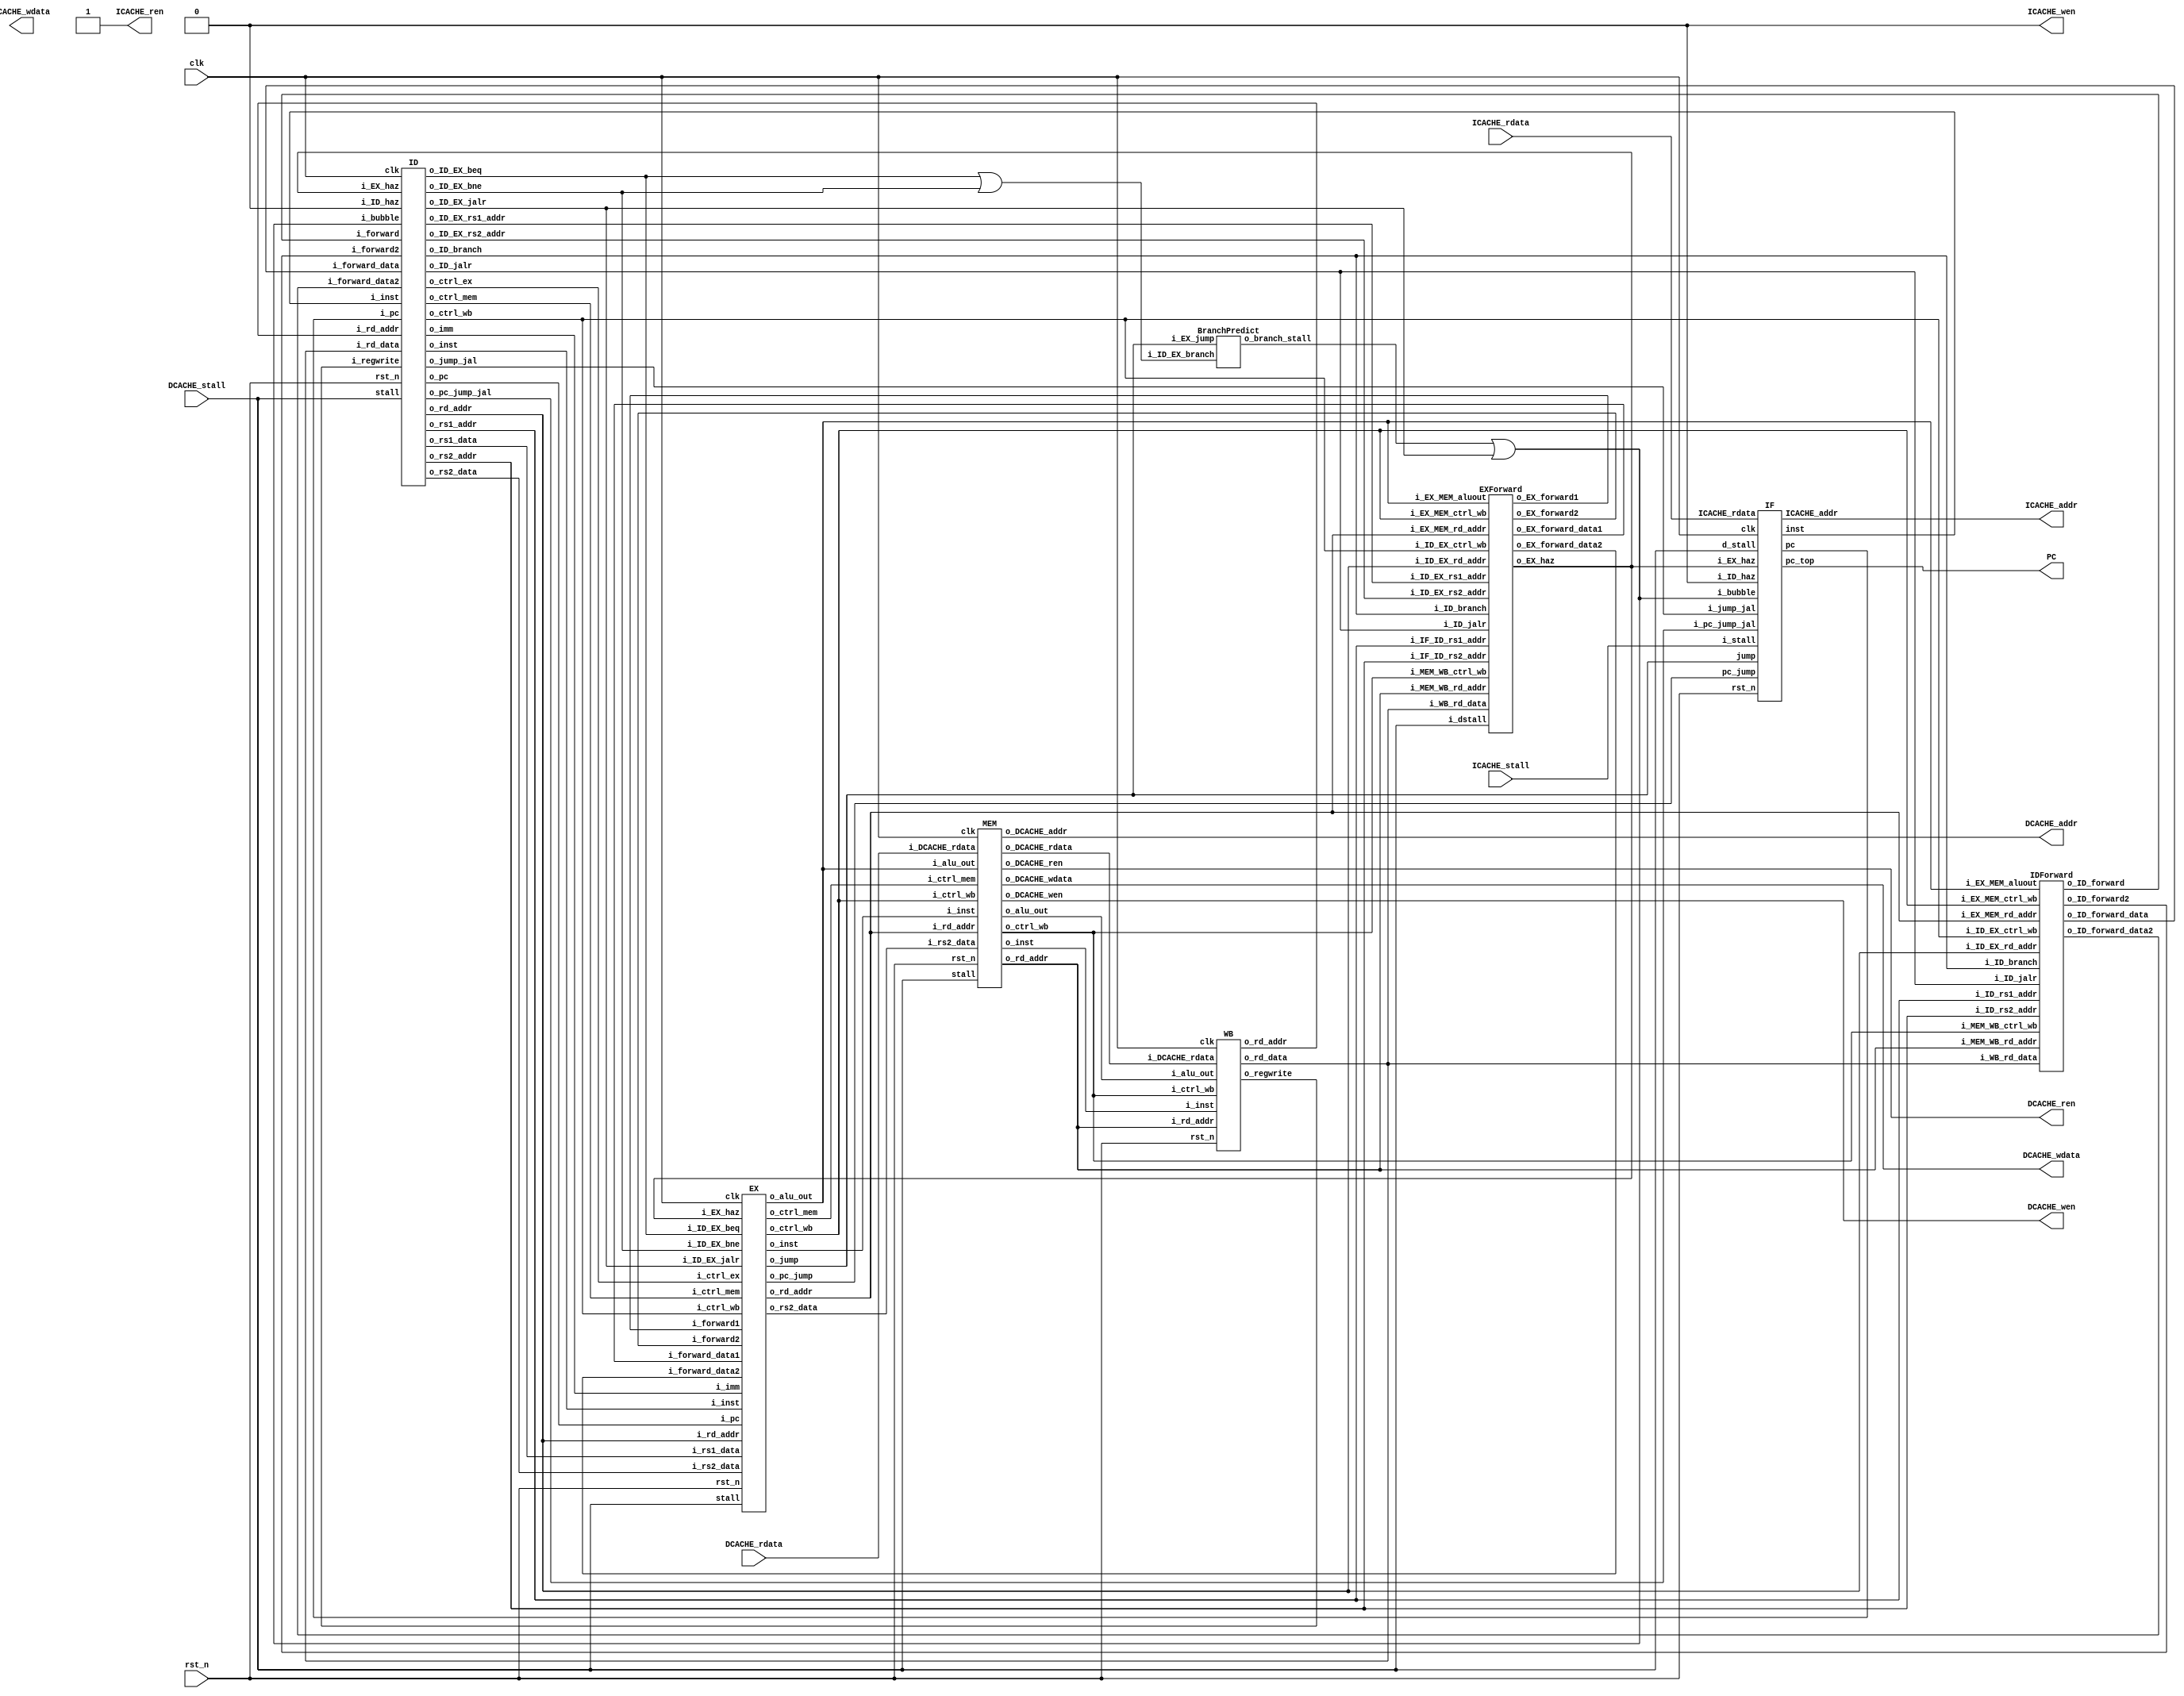
module RISCV_Pipeline (
		// control interface
		clk            ,
		rst_n          ,
//---------I cache interface-------		
		ICACHE_ren     ,
		ICACHE_wen     ,
		ICACHE_addr    ,
		ICACHE_wdata   ,
		ICACHE_stall   ,
		ICACHE_rdata   ,
//---------D cache interface-------
		DCACHE_ren     ,
		DCACHE_wen     ,
		DCACHE_addr    ,
		DCACHE_wdata   ,
		DCACHE_stall   ,
		DCACHE_rdata   ,
        PC
);

input         clk, rst_n ;
// for mem_D
output        DCACHE_wen  ;  // mem_wen_D is high, CHIP writes data to D-mem
output        DCACHE_ren  ;
input         DCACHE_stall;
output [29:0] DCACHE_addr ;  // the specific address to fetch/store data 
output [31:0] DCACHE_wdata;  // data writing to D-mem 
input  [31:0] DCACHE_rdata;  // data reading from D-mem
// for mem_I
output        ICACHE_wen  ;
output        ICACHE_ren  ;
input         ICACHE_stall;
output [29:0] ICACHE_addr ;
output [31:0] ICACHE_wdata;
input  [31:0] ICACHE_rdata;
output [31:0] PC;

assign ICACHE_ren = 1;
assign ICACHE_wen = 0;

//---------module instantiation and module wire definition-------
wire [31:0] pc_IF_ID,inst_IF_ID;
wire [31:0] pc_jump;
wire haz_ID = 0;
wire EX_haz;
wire branch_stall;
wire IDIF_bubble;
wire [31:0] pc_jump_jal;
wire jump_jal;
IF instfetch(
    .clk(clk),
    .rst_n(rst_n),
    .pc_jump(pc_jump),
    .ICACHE_addr(ICACHE_addr),
    .pc(pc_IF_ID),
    .inst(inst_IF_ID),
    .jump(jump),
    .ICACHE_rdata(ICACHE_rdata),
    .i_stall(ICACHE_stall),
    .d_stall(DCACHE_stall),
    .i_ID_haz(haz_ID),
    .i_EX_haz(EX_haz),
    .pc_top(PC),
    .i_bubble(IDIF_bubble),
    .i_pc_jump_jal(pc_jump_jal),
    .i_jump_jal(jump_jal)
);

wire [31:0] pc_ID_EX;
wire [31:0] imm_ID_EX;
wire [31:0] rs1_ID_EX,rs2_ID_EX;
wire [4:0] rd_addr_WB_ID;
wire [31:0] rd_data_WB_ID;
wire [4:0] rd_ID_EX;
wire [1:0] ctrl_wb_EX_MEM,ctrl_wb_ID_EX,ctrl_wb_MEM_WB;
wire [1:0] ctrl_mem_EX_MEM,ctrl_mem_ID_EX;
wire [5:0] ctrl_ex_ID_EX;
wire [4:0] rs1_addr_ID,rs2_addr_ID;
wire [31:0] forward_data_ID,forward_data_ID2;
wire forward_ID,forward_ID2;
wire ID_jalr,ID_branch;
wire [4:0] ID_EX_rs1_addr,ID_EX_rs2_addr;
wire [31:0] inst_ID_EX,inst_EX_MEM,inst_MEM_WB;

wire ID_EX_branch; 
BranchPredict branchpre(
    .i_ID_EX_branch(ID_EX_branch),
    .i_EX_jump(jump),
    .o_branch_stall(branch_stall)
);

wire ID_EX_jalr;

ID instdec(
    .clk(clk),
    .rst_n(rst_n),
    .i_inst(inst_IF_ID),
    .i_pc(pc_IF_ID),
    .o_pc(pc_ID_EX),
    .o_imm(imm_ID_EX),
    .o_rs1_data(rs1_ID_EX),
    .o_rs2_data(rs2_ID_EX),
    .i_rd_addr(rd_addr_WB_ID),
    .i_rd_data(rd_data_WB_ID),
    .o_rd_addr(rd_ID_EX),
    .o_ctrl_wb(ctrl_wb_ID_EX),
    .o_ctrl_mem(ctrl_mem_ID_EX),
    .o_ctrl_ex(ctrl_ex_ID_EX),
    .i_regwrite(regwrite_WB_ID),
    //.o_jump(jump),
    //.o_pc_jump(pc_jump),
    .stall(DCACHE_stall),
    .o_rs1_addr(rs1_addr_ID),
    .o_rs2_addr(rs2_addr_ID),
    .i_ID_haz(haz_ID),
    .i_forward(forward_ID),
    .i_forward_data(forward_data_ID),
    .i_forward2(forward_ID2),
    .i_forward_data2(forward_data_ID2),
    .o_ID_jalr(ID_jalr),
    .o_ID_EX_rs1_addr(ID_EX_rs1_addr),
    .o_ID_EX_rs2_addr(ID_EX_rs2_addr),
    .i_EX_haz(EX_haz),
    .o_inst(inst_ID_EX),//debug
    .o_ID_branch(ID_branch),
    .i_bubble(IDIF_bubble),
    .o_ID_EX_beq(ID_EX_beq),
    .o_ID_EX_bne(ID_EX_bne),
    .o_ID_EX_jalr(ID_EX_jalr),
    .o_jump_jal(jump_jal),
    .o_pc_jump_jal(pc_jump_jal)
);

wire [4:0] rd_EX_MEM;
wire [31:0] alu_EX_MEM;
wire [31:0] rs2_EX_MEM;
wire EX_stall;
wire EX_forward1,EX_forward2;
wire [31:0] EX_forward_data1,EX_forward_data2;

EX exe(
    .clk(clk),
    .rst_n(rst_n),
    //from ID
    .i_pc(pc_ID_EX),
    .i_imm(imm_ID_EX),
    .i_rs1_data(rs1_ID_EX),
    .i_rs2_data(rs2_ID_EX),
    .i_rd_addr(rd_ID_EX),
    .i_ctrl_wb(ctrl_wb_ID_EX),
    .i_ctrl_mem(ctrl_mem_ID_EX),
    .i_ctrl_ex(ctrl_ex_ID_EX),
    //to MEM
    .o_ctrl_mem(ctrl_mem_EX_MEM),
    .o_ctrl_wb(ctrl_wb_EX_MEM),
    .o_rd_addr(rd_EX_MEM),
    .o_alu_out(alu_EX_MEM),
    .o_rs2_data(rs2_EX_MEM),
    .stall(DCACHE_stall),
    //from EXforward
    .i_forward_data1(EX_forward_data1),
    .i_forward_data2(EX_forward_data2),
    .i_forward1(EX_forward1),
    .i_forward2(EX_forward2),
    .i_EX_haz(EX_haz),
    .i_inst(inst_ID_EX),
    .o_inst(inst_EX_MEM),
    .i_ID_EX_beq(ID_EX_beq),
    .i_ID_EX_bne(ID_EX_bne),
    .i_ID_EX_jalr(ID_EX_jalr),
    .o_pc_jump(pc_jump),
    .o_jump(jump)
);

assign IDIF_bubble = (branch_stall || ID_EX_jalr);
assign ID_EX_branch = (ID_EX_beq || ID_EX_bne);
wire [4:0] rd_MEM_WB;
wire [31:0] alu_MEM_WB;
wire [31:0] mem_MEM_WB;
wire MEM_stall;
MEM mem0(
    .clk(clk),
    .rst_n(rst_n),
    //from EX
    .i_ctrl_mem(ctrl_mem_EX_MEM),
    .i_ctrl_wb(ctrl_wb_EX_MEM),
    .i_rd_addr(rd_EX_MEM),
    .i_alu_out(alu_EX_MEM),
    .i_rs2_data(rs2_EX_MEM),
    //to WB
    .o_ctrl_wb(ctrl_wb_MEM_WB),
    .o_rd_addr(rd_MEM_WB),
    .o_alu_out(alu_MEM_WB),
    .o_DCACHE_rdata(mem_MEM_WB),
    //D cache
    .o_DCACHE_wen(DCACHE_wen),
    .o_DCACHE_addr(DCACHE_addr),
    .o_DCACHE_wdata(DCACHE_wdata),
    .i_DCACHE_rdata(DCACHE_rdata),
    .o_DCACHE_ren(DCACHE_ren),
    .stall(DCACHE_stall),
    .i_inst(inst_EX_MEM),
    .o_inst(inst_MEM_WB)
);

WB writeback(
    .clk(clk),
    .rst_n(rst_n),
    //from MEM
    .i_ctrl_wb(ctrl_wb_MEM_WB),
    .i_rd_addr(rd_MEM_WB),
    .i_alu_out(alu_MEM_WB),
    .i_DCACHE_rdata(mem_MEM_WB),
    //to ID
    .o_regwrite(regwrite_WB_ID),
    .o_rd_addr(rd_addr_WB_ID),
    .o_rd_data(rd_data_WB_ID),
    .i_inst(inst_MEM_WB)
);

IDForward idforwd(
    .i_ID_EX_rd_addr(rd_ID_EX),
    .i_ID_EX_ctrl_wb(ctrl_wb_ID_EX),//{memtoreg,regwrite}
    .i_EX_MEM_aluout(alu_EX_MEM),
    .i_EX_MEM_rd_addr(rd_EX_MEM),
    .i_MEM_WB_rd_addr(rd_MEM_WB),
    .i_EX_MEM_ctrl_wb(ctrl_wb_EX_MEM),
    .i_MEM_WB_ctrl_wb(ctrl_wb_MEM_WB),
    .i_WB_rd_data(rd_data_WB_ID),
    .i_ID_rs1_addr(rs1_addr_ID),
    .i_ID_rs2_addr(rs2_addr_ID),
    .o_ID_forward_data(forward_data_ID), //use this data as rs1 if o_ID_forward = 1
    .o_ID_forward(forward_ID),
    .o_ID_forward2(forward_ID2),
    .o_ID_forward_data2(forward_data_ID2),
    .i_ID_jalr(ID_jalr),
    .i_ID_branch(ID_branch)
    //.o_ID_haz(haz_ID)  // need to repeat in IF.ID, and add bubble to EX 
);

EXForward exforwd(
    .i_ID_EX_rs1_addr(ID_EX_rs1_addr),
    .i_ID_EX_rs2_addr(ID_EX_rs2_addr),
    .i_EX_MEM_rd_addr(rd_EX_MEM),
    .i_MEM_WB_rd_addr(rd_MEM_WB),
    .i_EX_MEM_ctrl_wb(ctrl_wb_EX_MEM),//{memtoreg,regwrite}
    .i_MEM_WB_ctrl_wb(ctrl_wb_MEM_WB),
    .i_EX_MEM_aluout(alu_EX_MEM),
    .i_WB_rd_data(rd_data_WB_ID),
    .o_EX_forward1(EX_forward1),
    .o_EX_forward2(EX_forward2),
    .o_EX_forward_data1(EX_forward_data1),
    .o_EX_forward_data2(EX_forward_data2),
    .o_EX_haz(EX_haz),
    .i_ID_EX_ctrl_wb(ctrl_wb_ID_EX),
    .i_ID_jalr(ID_jalr),
    .i_ID_branch(ID_branch),
    .i_ID_EX_rd_addr(rd_ID_EX),
    .i_IF_ID_rs1_addr(rs1_addr_ID),
    .i_IF_ID_rs2_addr(rs2_addr_ID),
    .i_dstall(DCACHE_stall)
);
    
endmodule



module IF (
    clk,rst_n,pc_jump,ICACHE_addr,pc,inst,jump,ICACHE_rdata,i_stall,d_stall,
    i_ID_haz,i_EX_haz,pc_top,i_bubble,i_jump_jal,i_pc_jump_jal
);

input i_ID_haz;
input clk,rst_n;
input jump; //jump = 1 --> pc_w = pc_jump
input [31:0] pc_jump; // jump location
output [29:0] ICACHE_addr;
output [31:0] pc; // pc : pc pass to next stage
input [31:0] ICACHE_rdata; //inst read from ICACHE
output [31:0] inst; // inst pass to next stage
input i_stall,d_stall;
input i_EX_haz;
output [31:0] pc_top;
input i_bubble;
input i_jump_jal;
input [31:0] i_pc_jump_jal;

//---------reg and wire definition-------
reg [31:0] inst_w,inst_r;
reg [31:0] pc_w,pc_r,pc_nxtstage;

//reg bubble;
//reg bubble_before;
reg jalr_before,jalr_2cycle;
reg jal_before;
//reg haz_before;

wire [6:0] opcode = inst_w[6:0];
wire [31:0] j_imm = {{12{inst_w[31]}},inst_w[19:12],inst_w[20],inst_w[30:25],inst_w[24:21],1'b0};
wire jal = (opcode ==  7'b1101111);
wire jalr = (opcode == 7'b1100111);
wire branch = (opcode == 7'b1100011);
//---------output assignment-------
assign inst = inst_r;
assign pc = pc_nxtstage;
assign ICACHE_addr = pc_r[31:2];
assign pc_top = pc_r;

//---------combinational circuit-------
wire [31:0] pc_notjump,pc_plus;
assign pc_notjump = pc_r + 4;
//pc_w
always @(*) begin
    if (jump) 
        pc_w = pc_jump;
    else if (i_jump_jal)
        pc_w = i_pc_jump_jal;
    else if(jalr_before || jalr || jal)begin
        pc_w = pc_r;
    end
    else begin
        pc_w = pc_notjump;
    end
end
//inst_w
always @(*) begin
    //if (bubble || i_stall || (bubble_before && haz_before)) 
    if (i_stall || i_bubble || jal_before) 
        inst_w = 32'h13; //NOP
    else
        inst_w = {ICACHE_rdata[7:0],ICACHE_rdata[15:8],ICACHE_rdata[23:16],ICACHE_rdata[31:24]};
end
localparam NOP = 32'h13;
wire [31:0] ICACHE_rdata_modify = {ICACHE_rdata[7:0],ICACHE_rdata[15:8],ICACHE_rdata[23:16],ICACHE_rdata[31:24]};

//---------sequential circuit-------

reg jalr_before_w,jalr_2cycle_w,jal_before_w;
always @(*) begin
    if (i_ID_haz || i_EX_haz) begin
        jalr_before_w = jalr_before;
        jalr_2cycle_w = jalr_2cycle;
        jal_before_w = jal_before;
    end
    else begin
        jalr_before_w = jalr;
        jalr_2cycle_w = jalr_before;
        jal_before_w = jal;
    end
end

always @(posedge clk or negedge rst_n) begin
    if (!rst_n)begin
        jalr_before <= 0;
        jalr_2cycle <=0;
        jal_before <= 0;
    end
    else begin
        jalr_before <= jalr_before_w;
        jalr_2cycle <= jalr_2cycle_w;
        jal_before <= jal_before_w;
    end
end

reg [31:0] pc_w_verified;
reg [31:0] inst_w_verified;
reg [31:0] pc_nxtstage_w;

always @(*) begin
    if (i_ID_haz || i_EX_haz)begin
        inst_w_verified = inst_r;
        pc_w_verified = pc_r;
        pc_nxtstage_w = pc_nxtstage;
    end

    else if (i_stall || jalr)begin
        if (jump)
            pc_w_verified = pc_w;
        else 
            pc_w_verified = pc_r;
        inst_w_verified = inst_w;
        pc_nxtstage_w = pc_r;
    end
    else if (d_stall)begin
        pc_w_verified = pc_r;
        inst_w_verified = inst_r;
        pc_nxtstage_w = pc_nxtstage; 
    end
    else begin
        pc_w_verified = pc_w;
        pc_nxtstage_w = pc_r;
        inst_w_verified = inst_w;
    end
end

always @(posedge clk or negedge rst_n) begin
    if(!rst_n)begin
        pc_r <= 0;
        inst_r <= 0;
        pc_nxtstage <= 0;
    end
    else begin
        pc_r <= pc_w_verified;
        inst_r <= inst_w_verified;
        pc_nxtstage <= pc_nxtstage_w;
    end
end

// always @(posedge clk or negedge rst_n) begin
//     //bubble_before <= bubble;
//     //haz_before <= (i_ID_haz||i_EX_haz);
//     if (!rst_n) begin
//         pc_r <= 0;
//     end
//     else begin
//         if (i_ID_haz || i_EX_haz)begin
//             inst_r <= inst_r;
//             pc_r <= pc_r;
//             pc_nxtstage <= pc_nxtstage;
//         end

//         else if (i_stall || jalr)begin
//             if (jump)
//                 pc_r <= pc_w;
//             else 
//                 pc_r <= pc_r;
//             inst_r <= inst_w;
//             pc_nxtstage <= pc_r;
//         end
//         else if (d_stall)begin
//             pc_r <= pc_r;
//             inst_r <= inst_r;
//             pc_nxtstage <= pc_nxtstage; 
//         end
//         else begin
//             pc_r <= pc_w;
//             pc_nxtstage <= pc_r;
//             inst_r <= inst_w;
//         end
//     end
// end

endmodule

module ID (
    clk,
    rst_n,
    //from ID
    i_inst,
    i_pc,
    //to EX
    o_pc,
    o_imm,
    o_rs1_data,
    o_rs2_data,
    //from WB
    i_rd_addr,
    i_rd_data,
    //to EX
    o_rd_addr,
    o_ctrl_wb,
    o_ctrl_mem,
    o_ctrl_ex,
    //from WB ctrl
    i_regwrite,
    //to IF stage
    o_jump,
    o_pc_jump,
    //stall
    stall,
    // to jalrforward
    o_rs1_addr,
    o_rs2_addr,
    o_ID_jalr,
    o_ID_branch,
    //from jalrforward
    i_ID_haz,
    i_forward,
    i_forward_data,
    i_forward2,
    i_forward_data2,
    //to EXforward
    o_ID_EX_rs1_addr,
    o_ID_EX_rs2_addr,
    //from EXforward
    i_EX_haz,
    o_inst,
    o_ID_EX_beq,
    o_ID_EX_bne,
    o_ID_EX_jalr,
    i_bubble,
    o_jump_jal,
    o_pc_jump_jal
);
input clk;
input rst_n;
input [31:0] i_inst;
input [31:0] i_pc;
output reg [31:0] o_pc;
output reg [31:0] o_imm;
output reg [31:0] o_rs1_data,o_rs2_data;
input [4:0] i_rd_addr;
input [31:0] i_rd_data;
output reg [4:0] o_rd_addr;
output reg [1:0] o_ctrl_wb; //{memtoreg,regwrite} for next state
output reg [1:0] o_ctrl_mem; //{memwrite} for next state
output reg [5:0] o_ctrl_ex; //{alupc,aluctrl[3:0],alusrc} for next state
input i_regwrite; // i_regwrite = 1 when need to write back
output reg o_jump; //=1 when pc_nxt = pc_jump
output [31:0] o_pc_jump;
input stall;
output [4:0] o_rs1_addr,o_rs2_addr;
input i_forward,i_forward2;
input [31:0] i_forward_data,i_forward_data2;
input i_ID_haz;
output  o_ID_jalr;
output reg [4:0] o_ID_EX_rs1_addr,o_ID_EX_rs2_addr;
input i_EX_haz;
output reg [31:0] o_inst;
output  o_ID_branch;
output reg o_ID_EX_beq,o_ID_EX_bne;
output reg o_ID_EX_jalr;
input i_bubble;
output reg o_jump_jal;
output reg [31:0] o_pc_jump_jal;
//---------reg and wire definition-------


reg jal;      // this stage //not used now
reg jalr;     // this stage
reg branch;   // this stage
reg memtoreg; // wb stage
reg memwrite; // mem stage
reg memread;  // mem stage
reg alusrc;   // ex stage
reg alupc;    // ex stage, alupc = 1 when jal or jalr(write pc+4 to reg)
reg regwrite; // wb stage
reg rs_equal; // this stage
reg [3:0] aluctrl; //ex stage

wire [31:0] i_imm,s_imm,b_imm,j_imm;
reg [31:0] imm_w;
wire [6:0] opcode ;
wire [2:0] funct3;
wire [4:0] rd_addr;
wire [4:0] rs1,rs2; 
wire [1:0] ctrl_wb_w = (i_ID_haz || i_EX_haz || i_bubble)? 0 : {memtoreg,regwrite};
wire [1:0] ctrl_mem_w = (i_ID_haz || i_EX_haz || i_bubble)? 0 : {memread,memwrite};
wire [5:0] ctrl_ex_w = (i_ID_haz || i_EX_haz || i_bubble)? 0 : {alupc,aluctrl,alusrc};
wire [31:0] rs1_data,rs2_data;

reg [31:0] rs1_data_revised,rs2_data_revised;

reg_file reg0(
                .clk  (clk) , 
                .rst_n(rst_n) , 
                .wen  (i_regwrite) , 
                .a1   (rs1) , 
                .a2   (rs2) , 
                .aw   (i_rd_addr) , 
                .d    (i_rd_data) , 
                .q1   (rs1_data) , 
                .q2   (rs2_data) );

assign i_imm = {{21{i_inst[31]}},i_inst[30:25],i_inst[24:21],i_inst[20]};
assign s_imm = {{21{i_inst[31]}},i_inst[30:25],i_inst[11:8],i_inst[7]};
assign b_imm = {{20{i_inst[31]}},i_inst[7],i_inst[30:25],i_inst[11:8],1'b0};
assign j_imm = {{12{i_inst[31]}},i_inst[19:12],i_inst[20],i_inst[30:25],i_inst[24:21],1'b0};

assign opcode = i_inst[6:0];
assign funct3 = i_inst[14:12];
assign rd_addr = i_inst[11:7];
assign rs1 = i_inst[19:15];
assign rs2 = i_inst[24:20];
assign o_rs1_addr = rs1;
assign o_rs2_addr = rs2;
assign o_ID_jalr = jalr;
assign o_ID_branch = branch;
//aluctrl param
localparam ALU_ADD = 4'b0000;
localparam ALU_SUB = 4'b0001;
localparam ALU_AND = 4'b0010;
localparam ALU_OR =  4'b0011;
localparam ALU_SLT = 4'b0100;
localparam ALU_XOR = 4'b0101;
localparam ALU_SLL = 4'b0110;
localparam ALU_SRA = 4'b0111;
localparam ALU_SRL = 4'b1000;

always @(*) begin
    if(i_forward)
        rs1_data_revised = i_forward_data;
    else if (i_rd_addr && i_rd_addr == rs1 && i_regwrite)
        rs1_data_revised = i_rd_data;
    else 
        rs1_data_revised = rs1_data;
end
always @(*) begin
    if(i_forward2)
        rs2_data_revised = i_forward_data2;
    else if (i_rd_addr && i_rd_addr == rs2 && i_regwrite)
        rs2_data_revised = i_rd_data;
    else
        rs2_data_revised = rs2_data;
end

//ctrl and imm
always @(*) begin
    jal = 0;
    jalr = 0;
    branch = 0;
    memtoreg = 0;
    memwrite = 0;
    alusrc = 0;
    regwrite = 0;
    memread = 0;
    alupc = 0;
    case (opcode)
        7'b0110011:begin//arith
            imm_w = i_imm;//dont care
            regwrite = 1;
        end 
        7'b0010011:begin //arith,i type
            imm_w = i_imm;
            alusrc = 1;
            regwrite = 1;
        end
        7'b0000011:begin//load
            imm_w = i_imm;
            alusrc = 1;
            memtoreg = 1;
            regwrite = 1;
            memread = 1;
        end
        7'b0100011:begin//store
            imm_w = s_imm;
            alusrc = 1;
            memwrite = 1;
        end
        7'b1100011:begin//branch
            imm_w = b_imm;
            branch = 1;
            alusrc = 1;
        end
        7'b1100111:begin//jalr
            imm_w = i_imm;
            jalr = 1;
            regwrite = 1;
            alupc = 1;
        end
        7'b1101111:begin//jal
            imm_w = j_imm;
            jal = 1;
            regwrite = 1;
            alupc = 1;
        end
        default: begin
            imm_w = 0;
        end
    endcase
end
always @(*) begin
    o_jump_jal = jal;
    o_pc_jump_jal = i_pc + imm_w;
end

//aluctrl
always @(*) begin
    case (opcode)
        7'b0000011:aluctrl = ALU_ADD; // load
        7'b0100011:aluctrl = ALU_ADD; // store
        7'b1100111:aluctrl = ALU_ADD; //jalr
        7'b1101111:aluctrl = ALU_ADD; //jal,dont care
        //7'b1100011:aluctrl = ALU_SUB; // branch,actually dont care
        default: begin //arith
            case (funct3)
                3'b000: aluctrl = (i_inst[30] && opcode[5])? ALU_SUB:ALU_ADD;
                3'b001: aluctrl = ALU_SLL;
                3'b010: aluctrl = ALU_SLT;
                3'b100: aluctrl = ALU_XOR;
                3'b101: aluctrl = (i_inst[30])? ALU_SRA : ALU_SRL;
                3'b110: aluctrl = ALU_OR;
                3'b111: aluctrl = ALU_AND;
                default: aluctrl = 0;
            endcase
        end
    endcase
end

reg [31:0] sum_pc_a;
//o_pc_jump
always @(*) begin
    if(jalr)begin
        sum_pc_a = rs1_data_revised;
    end
    else 
        sum_pc_a = i_pc;
end
assign o_pc_jump = sum_pc_a + imm_w;

//o_jump
always @(*) begin
    rs_equal = (rs1_data_revised == rs2_data_revised);
    o_jump = (jalr || (branch && (funct3[0] ^ rs_equal))  && !i_ID_haz); //funct3[0] : BEQ = 0, BNE = 1
end

reg [31:0] o_pc_w,o_imm_w,o_rs1_data_w,o_rs2_data_w;
reg [4:0] o_rd_addr_w;
reg [5:0] o_ctrl_ex_w;
reg [1:0] o_ctrl_mem_w;
reg [1:0] o_ctrl_wb_w;
reg [31:0] o_inst_w;
reg [4:0] o_ID_EX_rs1_addr_w,o_ID_EX_rs2_addr_w;
reg o_ID_EX_beq_w,o_ID_EX_bne_w;
reg o_ID_EX_jalr_w;

always @(*) begin
    if (stall)begin
        o_ID_EX_beq_w = o_ID_EX_beq;
        o_ID_EX_bne_w = o_ID_EX_bne;
        o_pc_w = o_pc;
        o_imm_w = o_imm;
        o_rs1_data_w = o_rs1_data;
        o_rs2_data_w = o_rs2_data;
        o_rd_addr_w = o_rd_addr;
        o_ctrl_wb_w = o_ctrl_wb;
        o_ctrl_ex_w = o_ctrl_ex;
        o_ctrl_mem_w = o_ctrl_mem;
        o_inst_w = o_inst;
        o_ID_EX_rs1_addr_w = o_ID_EX_rs1_addr;
        o_ID_EX_rs2_addr_w = o_ID_EX_rs2_addr;
        o_ID_EX_jalr_w = o_ID_EX_jalr;
    end
    else begin
        o_pc_w = i_pc;
        o_imm_w = imm_w;
        o_rs1_data_w = rs1_data_revised;
        o_rs2_data_w = rs2_data_revised;
        o_rd_addr_w = rd_addr;
        o_ctrl_wb_w = ctrl_wb_w;
        o_ctrl_ex_w = ctrl_ex_w;
        o_ctrl_mem_w = ctrl_mem_w;
        if (i_ID_haz || i_EX_haz || i_bubble) begin
            o_inst_w = 32'h13;
            o_ID_EX_jalr_w = 0;
            o_ID_EX_beq_w = 0;
            o_ID_EX_bne_w = 0;
        end
        else begin
            o_inst_w = i_inst;
            o_ID_EX_beq_w = (branch && !funct3[0]);
            o_ID_EX_bne_w = (branch &&  funct3[0]);
            o_ID_EX_jalr_w = jalr;
        end
        o_ID_EX_rs1_addr_w = rs1;
        o_ID_EX_rs2_addr_w = rs2;
    end
end

always @(posedge clk or negedge rst_n) begin
    if (!rst_n)begin
        o_pc <= 0;
        o_imm <= 0;
        o_rs1_data <= 0;
        o_rs2_data <= 0;
        o_rd_addr <= 0;
        o_ctrl_wb <= 0;
        o_ctrl_ex <= 0;
        o_ctrl_mem <= 0;
        o_inst <= 0;
        o_ID_EX_rs1_addr <= 0;
        o_ID_EX_rs2_addr <= 0;
        o_ID_EX_beq <= 0;
        o_ID_EX_bne <= 0;
        o_ID_EX_jalr <= 0;
    end
    else begin
        o_pc <= o_pc_w;
        o_imm <= o_imm_w;
        o_rs1_data <= o_rs1_data_w;
        o_rs2_data <= o_rs2_data_w;
        o_rd_addr <= o_rd_addr_w;
        o_ctrl_wb <= o_ctrl_wb_w;
        o_ctrl_ex <= o_ctrl_ex_w;
        o_ctrl_mem <= o_ctrl_mem_w;
        o_inst <= o_inst_w;
        o_ID_EX_rs1_addr <= o_ID_EX_rs1_addr_w;
        o_ID_EX_rs2_addr <= o_ID_EX_rs2_addr_w;
        o_ID_EX_beq <= o_ID_EX_beq_w;
        o_ID_EX_bne <= o_ID_EX_bne_w;
        o_ID_EX_jalr <= o_ID_EX_jalr_w;
    end
end
    
endmodule


module EX (
    clk,
    rst_n,
    //from ID
    i_pc,
    i_imm,
    i_rs1_data,
    i_rs2_data,
    i_rd_addr,
    i_ctrl_wb,
    i_ctrl_mem,
    i_ctrl_ex,
    //to MEM
    o_ctrl_mem,
    o_ctrl_wb,
    o_rd_addr,
    o_alu_out,
    o_rs2_data,
    //stall
    stall,
    //from EXforward
    i_forward1,
    i_forward2,
    i_forward_data1,
    i_forward_data2,
    i_EX_haz,
    i_inst,
    o_inst,
    i_ID_EX_beq,
    i_ID_EX_bne,
    i_ID_EX_jalr,
    o_pc_jump,
    o_jump
);

input clk,rst_n;
input [31:0] i_pc;
input [31:0] i_imm;
input [31:0] i_rs1_data,i_rs2_data;
input [4:0] i_rd_addr;
input [5:0] i_ctrl_ex;
input [1:0] i_ctrl_mem;
input [1:0] i_ctrl_wb;
input stall;
input i_forward1,i_forward2;
input [31:0] i_forward_data1,i_forward_data2;
input i_EX_haz;
input [31:0] i_inst;
input i_ID_EX_beq,i_ID_EX_bne;
input i_ID_EX_jalr;

output reg [1:0] o_ctrl_mem;
output reg [1:0] o_ctrl_wb;
output reg [4:0] o_rd_addr;
output reg [31:0] o_rs2_data;
output reg [31:0] o_alu_out;
output reg [31:0] o_inst;
output reg [31:0] o_pc_jump;
output reg o_jump;

reg [31:0] alu_in2,alu_in1;
wire [31:0] alu_out;
wire alusrc = i_ctrl_ex[0];
wire alupc = i_ctrl_ex[5];
wire [3:0] aluctrl = i_ctrl_ex[4:1];

ALU alu0(.in1(alu_in1),.in2(alu_in2),.out(alu_out),.ctrl(aluctrl));

reg [31:0] rs2_data_revised,rs1_data_revised;
always @(*) begin
    if(i_forward2)
        rs2_data_revised = i_forward_data2;
    else 
        rs2_data_revised = i_rs2_data;
end
always @(*) begin
    if(i_forward1)
        rs1_data_revised = i_forward_data1;
    else
        rs1_data_revised = i_rs1_data;
end 

always @(*) begin
    if(alupc)begin
        alu_in2 = i_pc;
    end
    else begin
        if(alusrc)
            alu_in2 = i_imm;
        else
            alu_in2 = rs2_data_revised;
    end
end
always @(*) begin
    if(alupc)begin
        alu_in1 = 4;
    end
    else begin
        alu_in1 = rs1_data_revised;
    end
end

wire rs_equal = (rs1_data_revised == rs2_data_revised);
always @(*) begin
    if((i_ID_EX_beq && rs_equal) || (i_ID_EX_bne && !rs_equal) || i_ID_EX_jalr)
        o_jump = 1;
    else 
        o_jump = 0;
end
wire [31:0] pc_jump_a = (i_ID_EX_jalr)? rs1_data_revised : i_pc;
always @(*) begin
    o_pc_jump = pc_jump_a + i_imm;
end

reg [1:0] o_ctrl_mem_w;
reg [1:0] o_ctrl_wb_w;
reg [4:0] o_rd_addr_w;
reg [31:0] o_alu_out_w;
reg [31:0] o_rs2_data_w;
reg [31:0] o_inst_w;

always @(*) begin
    if (stall)begin
        o_ctrl_mem_w = o_ctrl_mem;
        o_ctrl_wb_w = o_ctrl_wb;
        o_rd_addr_w = o_rd_addr;
        o_alu_out_w = o_alu_out;
        o_rs2_data_w = o_rs2_data;
        o_inst_w = o_inst;
    end
    else begin
        o_ctrl_mem_w = i_ctrl_mem;
        o_ctrl_wb_w = i_ctrl_wb;
        o_rd_addr_w = i_rd_addr;
        o_alu_out_w = alu_out;
        o_rs2_data_w = rs2_data_revised;
        o_inst_w = i_inst;
    end
end

always @(posedge clk or negedge rst_n) begin
    if (!rst_n)begin
        o_ctrl_mem <= 0;
        o_ctrl_wb <= 0;
        o_rd_addr <= 0;
        o_alu_out <= 0;
        o_rs2_data <= 0;
        o_inst <= 0;
    end
    else begin
        o_ctrl_mem <= o_ctrl_mem_w;
        o_ctrl_wb <= o_ctrl_wb_w;
        o_rd_addr <= o_rd_addr_w;
        o_alu_out <= o_alu_out_w;
        o_rs2_data <= o_rs2_data_w;
        o_inst <= o_inst_w;
    end
    
end
    
endmodule

module MEM (
    clk,
    rst_n,
    //from EX
    i_ctrl_mem,
    i_ctrl_wb,
    i_rd_addr,
    i_alu_out,
    i_rs2_data,
    //to WB
    o_ctrl_wb,
    o_rd_addr,
    o_alu_out,
    o_DCACHE_rdata,
    //D cache
    o_DCACHE_wen,
    o_DCACHE_addr,
    o_DCACHE_wdata,
    i_DCACHE_rdata,
    o_DCACHE_ren,
    //stall
    stall,
    i_inst,
    o_inst
);
input clk,rst_n;
input [1:0] i_ctrl_mem;//{memread,memwrite}
input [1:0] i_ctrl_wb;
input [4:0] i_rd_addr;
input [31:0] i_alu_out;
input [31:0] i_rs2_data;
input stall;
input [31:0] i_inst;

output reg [1:0] o_ctrl_wb;
output reg [4:0] o_rd_addr;
output reg [31:0] o_alu_out;
output reg [31:0] o_inst;

output reg [31:0] o_DCACHE_rdata;
output o_DCACHE_wen,o_DCACHE_ren;
output [29:0] o_DCACHE_addr;
output [31:0] o_DCACHE_wdata;
input [31:0] i_DCACHE_rdata;

assign o_DCACHE_wen = i_ctrl_mem[0];
assign o_DCACHE_ren = i_ctrl_mem[1];
assign o_DCACHE_addr = i_alu_out[31:2];
assign o_DCACHE_wdata = {i_rs2_data[7:0],i_rs2_data[15:8],i_rs2_data[23:16],i_rs2_data[31:24]};

reg [1:0] o_ctrl_wb_w;
reg [4:0] o_rd_addr_w;
reg [31:0] o_alu_out_w;
reg [31:0] o_DCACHE_rdata_w;
reg [31:0] o_inst_w;

always @(*) begin
    if (stall)begin
        o_ctrl_wb_w = o_ctrl_wb;
        o_rd_addr_w = o_rd_addr;
        o_alu_out_w = o_alu_out;
        o_DCACHE_rdata_w = o_DCACHE_rdata;
        o_inst_w = o_inst;
    end
    else begin
        o_ctrl_wb_w = i_ctrl_wb;
        o_rd_addr_w = i_rd_addr;
        o_alu_out_w = i_alu_out;
        o_DCACHE_rdata_w = {i_DCACHE_rdata[7:0],i_DCACHE_rdata[15:8],i_DCACHE_rdata[23:16],i_DCACHE_rdata[31:24]};
        o_inst_w = i_inst;
    end
end

always @(posedge clk or negedge rst_n) begin
    if (!rst_n)begin
        o_ctrl_wb <= 0;
        o_rd_addr <= 0;
        o_alu_out <= 0;
        o_DCACHE_rdata <= 0;
        o_inst <= 0;
    end
    else begin
        o_ctrl_wb <= o_ctrl_wb_w;
        o_rd_addr <= o_rd_addr_w;
        o_alu_out <= o_alu_out_w;
        o_DCACHE_rdata <= o_DCACHE_rdata_w;
        o_inst <= o_inst_w;
    end
end
    
endmodule

module WB (
    clk,
    rst_n,
    //from MEM
    i_ctrl_wb, //{memtoreg,regwrite}
    i_rd_addr,
    i_alu_out,
    i_DCACHE_rdata,
    //to ID
    o_regwrite,
    o_rd_addr,
    o_rd_data,
    i_inst
);

input clk,rst_n;
input [1:0] i_ctrl_wb;
input [4:0] i_rd_addr;
input [31:0] i_alu_out;
input [31:0] i_DCACHE_rdata;
input [31:0] i_inst;

output o_regwrite;
output [4:0] o_rd_addr;
output [31:0] o_rd_data;

wire memtoreg = i_ctrl_wb[1];

assign o_regwrite = i_ctrl_wb[0];
assign o_rd_addr = i_rd_addr;
assign o_rd_data = (memtoreg)? i_DCACHE_rdata:i_alu_out;
    
endmodule



module reg_file(clk, rst_n, wen, a1, a2, aw, d, q1, q2);
   
    parameter BITS = 32;
    parameter word_depth = 32;
    parameter addr_width = 5; // 2^addr_width >= word_depth
    
    input clk, rst_n, wen; // wen: 0:read | 1:write
    input [BITS-1:0] d;
    input [addr_width-1:0] a1, a2, aw;

    output [BITS-1:0] q1, q2;

    reg [BITS-1:0] mem [0:word_depth-1];
    reg [BITS-1:0] mem_nxt [0:word_depth-1];

    integer i;

    assign q1 = mem[a1];
    assign q2 = mem[a2];

    always @(*) begin
        for (i=0; i<word_depth; i=i+1)
            mem_nxt[i] = (wen && (aw == i)) ? d : mem[i];
    end

    always @(posedge clk or negedge rst_n) begin
        if (!rst_n) begin
            mem[0] <= 0;
            for (i=1; i<word_depth; i=i+1) begin
                /*
                case(i)
                    32'd2: mem[i] <= 32'hbffffff0;
                    32'd3: mem[i] <= 32'h10008000;
                    default: mem[i] <= 32'h0;
                endcase
                */
                mem[i] <= 32'h0;
            end
        end
        else begin
            mem[0] <= 0;
            for (i=1; i<word_depth; i=i+1)
                mem[i] <= mem_nxt[i];
        end       
    end
endmodule

module ALU (
    in1,in2,out,ctrl
);
input [31:0] in1,in2;
output reg [31:0] out;
input [3:0] ctrl;

//ctrl param
localparam ALU_ADD = 4'b0000;
localparam ALU_SUB = 4'b0001;
localparam ALU_AND = 4'b0010;
localparam ALU_OR =  4'b0011;
localparam ALU_SLT = 4'b0100;
localparam ALU_XOR = 4'b0101;
localparam ALU_SLL = 4'b0110;
localparam ALU_SRA = 4'b0111;
localparam ALU_SRL = 4'b1000;
wire [31:0] sub = in1 - in2;

always @(*) begin
    case (ctrl)
        ALU_ADD: out = in1 + in2;
        ALU_SUB: out = sub;
        ALU_AND: out = in1 & in2;
        ALU_OR : out = in1 | in2;
        ALU_SLT: out = (sub[31]);
        ALU_XOR: out = in1 ^ in2;
        ALU_SLL: out = in1 << in2;
        ALU_SRA: out = $signed(in1) >>> in2;
        ALU_SRL: out = in1 >> in2; 
        default: out = in1 + in2; 
    endcase
end
    
endmodule

module IDForward (
    i_ID_EX_rd_addr,
    i_ID_EX_ctrl_wb,//{memtoreg,regwrite}
    i_EX_MEM_aluout,
    i_EX_MEM_rd_addr,
    i_MEM_WB_rd_addr,
    i_EX_MEM_ctrl_wb,
    i_MEM_WB_ctrl_wb,
    i_WB_rd_data,
    i_ID_rs1_addr,
    i_ID_rs2_addr,
    o_ID_forward_data, //use this data as rs1 if o_ID_forward = 1
    o_ID_forward,
    o_ID_forward_data2,
    o_ID_forward2,
    i_ID_jalr,
    i_ID_branch,
    o_ID_haz // do not happen in real life? (do not load an address then jalr to it normally) // need to repeat in IF.ID, and add bubble to EX 
);

input [31:0] i_WB_rd_data;
input [31:0] i_EX_MEM_aluout;
input [4:0] i_EX_MEM_rd_addr,i_MEM_WB_rd_addr,i_ID_EX_rd_addr;
input [1:0] i_ID_EX_ctrl_wb,i_EX_MEM_ctrl_wb,i_MEM_WB_ctrl_wb;
input [4:0] i_ID_rs1_addr,i_ID_rs2_addr;
output reg [31:0] o_ID_forward_data,o_ID_forward_data2;
output reg o_ID_forward,o_ID_forward2;
output o_ID_haz;
input i_ID_jalr;
input i_ID_branch;
reg haz1,haz2;
assign o_ID_haz = haz1 || haz2;
always @(*) begin
    o_ID_forward_data = 0;
    o_ID_forward = 0;
    haz1 = 0;
    if(i_ID_jalr || i_ID_branch)begin
        if(i_ID_rs1_addr) begin
            if(i_ID_EX_ctrl_wb[0] && (i_ID_EX_rd_addr == i_ID_rs1_addr))begin
                //$display("how come? jalr right after assign that reg");
                haz1 = 1;
            end
            else if (i_EX_MEM_ctrl_wb[0] && (i_EX_MEM_rd_addr == i_ID_rs1_addr))begin
                if(i_EX_MEM_ctrl_wb[1]) begin
                    //$display("how come? jalr to a load data");
                    haz1 = 1;
                end
                else begin
                    o_ID_forward = 1;
                    o_ID_forward_data = i_EX_MEM_aluout;
                end
            end
            else if (i_MEM_WB_ctrl_wb[0] && (i_MEM_WB_rd_addr == i_ID_rs1_addr))begin
                o_ID_forward = 1;
                o_ID_forward_data = i_WB_rd_data;
            end
        end
    end
end

always @(*) begin
    o_ID_forward_data2 = 0;
    o_ID_forward2 = 0;
    haz2 = 0;
    if(i_ID_branch)begin
        if(i_ID_rs2_addr) begin
            if(i_ID_EX_ctrl_wb[0] && (i_ID_EX_rd_addr == i_ID_rs2_addr))begin
                //$display("how come? jalr right after assign that reg");
                haz2 = 1;
            end
            else if (i_EX_MEM_ctrl_wb[0] && (i_EX_MEM_rd_addr == i_ID_rs2_addr))begin
                if(i_EX_MEM_ctrl_wb[1]) begin
                    //$display("how come? jalr to a load data");
                    haz2 = 1;
                end
                else begin
                    o_ID_forward2 = 1;
                    o_ID_forward_data2 = i_EX_MEM_aluout;
                end
            end
            else if (i_MEM_WB_ctrl_wb[0] && (i_MEM_WB_rd_addr == i_ID_rs2_addr))begin
                o_ID_forward2 = 1;
                o_ID_forward_data2 = i_WB_rd_data;
            end
        end
    end
end
    
endmodule

module EXForward (
    i_ID_EX_rs1_addr,
    i_ID_EX_rs2_addr,
    i_ID_EX_ctrl_wb,
    i_ID_jalr,
    i_ID_branch,
    i_ID_EX_rd_addr,
    i_IF_ID_rs1_addr,
    i_IF_ID_rs2_addr,
    i_EX_MEM_rd_addr,
    i_MEM_WB_rd_addr,
    i_EX_MEM_ctrl_wb,//{memtoreg,regwrite}
    i_MEM_WB_ctrl_wb,
    i_EX_MEM_aluout,
    i_WB_rd_data,
    o_EX_forward1,
    o_EX_forward2,
    o_EX_forward_data1,
    o_EX_forward_data2,
    o_EX_haz,
    i_dstall
);

input [4:0] i_ID_EX_rs1_addr,i_ID_EX_rs2_addr;
input [4:0] i_IF_ID_rs1_addr,i_IF_ID_rs2_addr;
input [4:0] i_EX_MEM_rd_addr,i_MEM_WB_rd_addr;
input [1:0] i_EX_MEM_ctrl_wb,i_MEM_WB_ctrl_wb;
output reg o_EX_forward1,o_EX_forward2;
output reg [31:0] o_EX_forward_data1,o_EX_forward_data2;
output o_EX_haz;
input [31:0] i_EX_MEM_aluout;
input [31:0] i_WB_rd_data;
input i_ID_jalr,i_ID_branch;
input [4:0] i_ID_EX_rd_addr;
input [1:0] i_ID_EX_ctrl_wb;
input i_dstall;

reg haz1,haz2;

assign o_EX_haz = haz1 || haz2;
always @(*) begin
    o_EX_forward1 = 0;
    o_EX_forward_data1 = i_EX_MEM_aluout; //default value, not used 
    if (i_ID_EX_rs1_addr) begin // not x0
        if((i_ID_EX_rs1_addr == i_EX_MEM_rd_addr) && i_EX_MEM_ctrl_wb[0])begin
            o_EX_forward1 = 1;
            o_EX_forward_data1 = i_EX_MEM_aluout;
        end
        else if ((i_ID_EX_rs1_addr == i_MEM_WB_rd_addr) && i_MEM_WB_ctrl_wb[0])begin
            o_EX_forward1 = 1;
            o_EX_forward_data1 = i_WB_rd_data;
        end
    end
end

always @(*) begin
    o_EX_forward2 = 0;
    o_EX_forward_data2 = i_EX_MEM_aluout;
    if (i_ID_EX_rs2_addr) begin
        if((i_ID_EX_rs2_addr == i_EX_MEM_rd_addr) && i_EX_MEM_ctrl_wb[0])begin
            o_EX_forward2 = 1;
            o_EX_forward_data2 = i_EX_MEM_aluout;
        end
        else if ((i_ID_EX_rs2_addr == i_MEM_WB_rd_addr) && i_MEM_WB_ctrl_wb[0])begin
            o_EX_forward2 = 1;
            o_EX_forward_data2 = i_WB_rd_data;
        end
    end
end

always @(*) begin
    haz1 = 0;
    haz2 = 0;
    if(i_IF_ID_rs1_addr)begin
        if((i_IF_ID_rs1_addr == i_ID_EX_rd_addr) && i_ID_EX_ctrl_wb[1] && !i_ID_jalr && !i_ID_branch)begin
            haz1 = 1;
        end
        else if ((i_IF_ID_rs1_addr == i_EX_MEM_rd_addr) && i_dstall) begin
            haz1 = 1;
        end
    end
    if(i_IF_ID_rs2_addr)begin
        if((i_IF_ID_rs2_addr == i_ID_EX_rd_addr) && i_ID_EX_ctrl_wb[1] && !i_ID_jalr && !i_ID_branch)begin
            haz2 = 1;
        end
        else if ((i_IF_ID_rs2_addr == i_EX_MEM_rd_addr) && i_dstall) begin
            haz2 = 1;
        end
    end
end
    
endmodule

module BranchPredict (
    i_ID_EX_branch,
    i_EX_jump,
    o_branch_stall
);
input i_ID_EX_branch,i_EX_jump;
output o_branch_stall;

assign o_branch_stall = i_ID_EX_branch && i_EX_jump;
    
endmodule